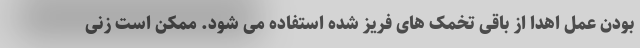
بودن عمل اهدا از باقی تخمک های فریز شده استفاده می شود. ممکن است زنی